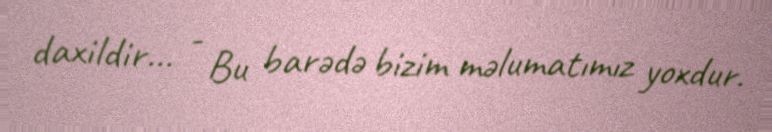
daxildir... - Bu barədə bizim məlumatımız yoxdur.